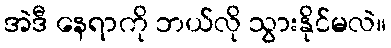
အဲဒီ နေရာကို ဘယ်လို သွားနိုင်မလဲ။